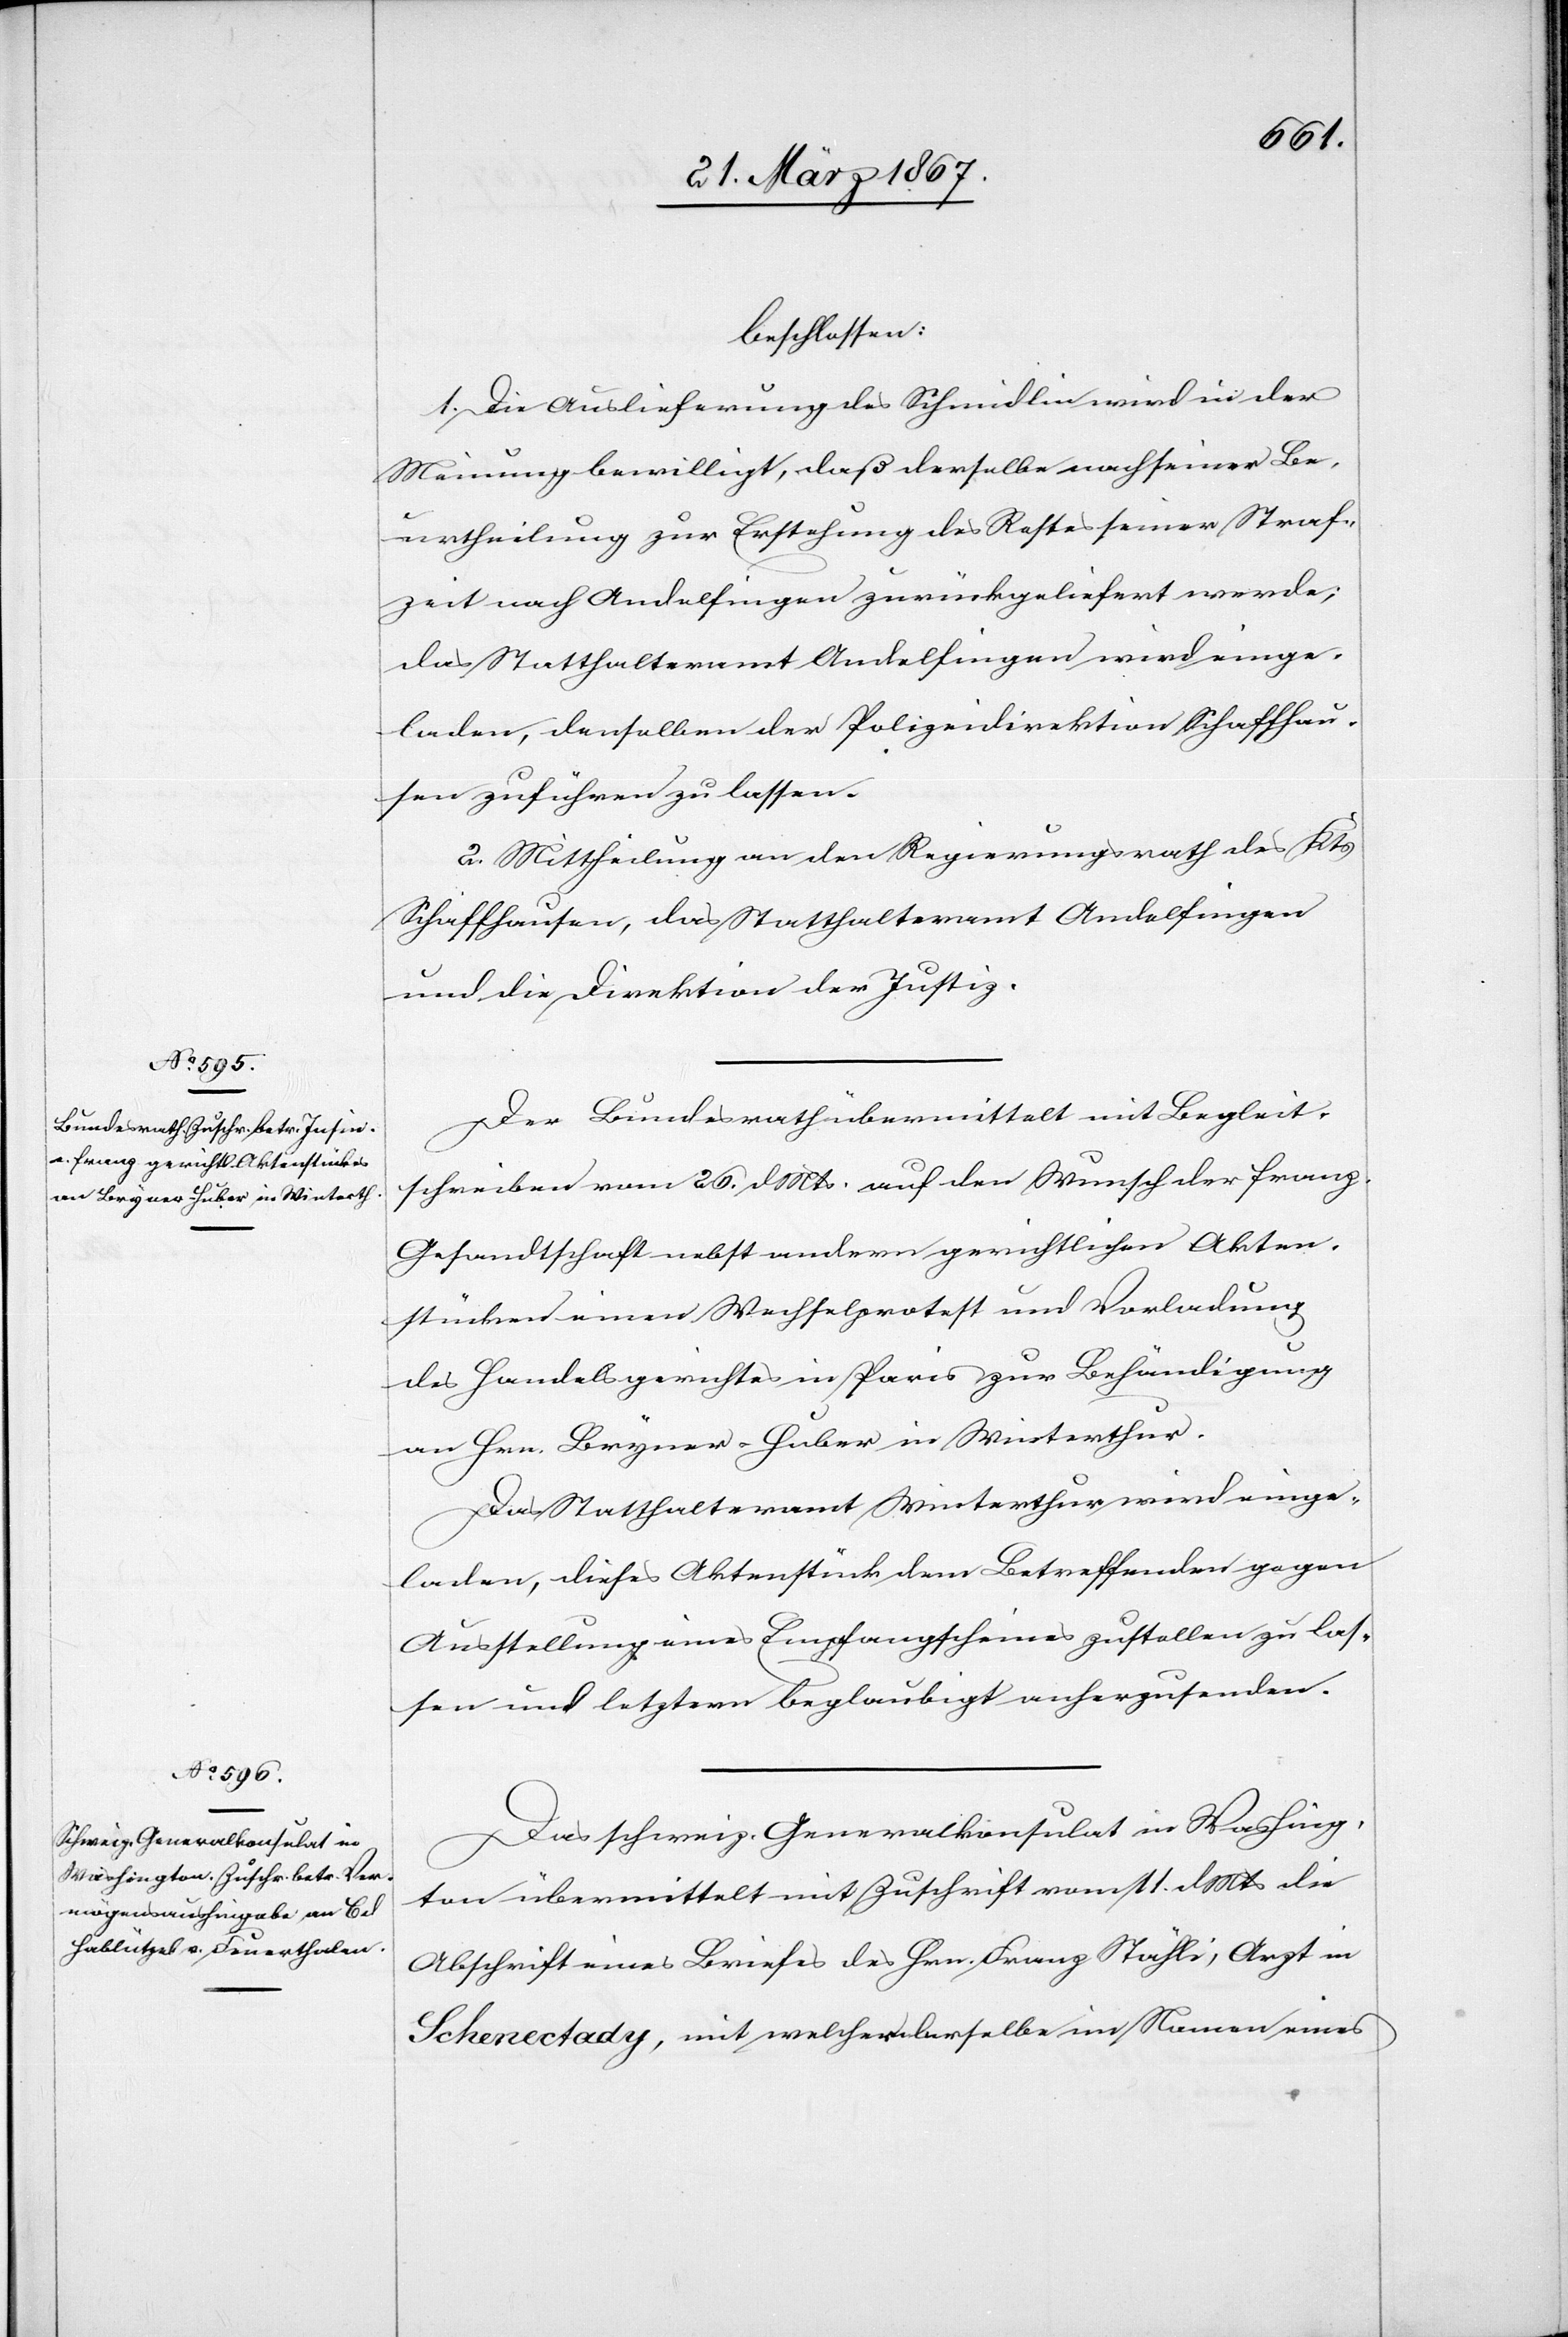
28. März 1867.]
beschlossen:
1. Die Auslieferung des Schmidlin wird in der
Meinung bewilligt, daß derselbe nach seiner Be¬
urtheilung zur Erstehung des Restes seiner Straf¬
zeit nach Andelfingen zurückgeliefert werde;
das Statthalteramt Andelfingen wird einge¬
laden, denselben der Polizeidirektion Schaffhau¬
sen zuführen zu lassen.
2. Mittheilung an den Regierungsrath des Kts
Schaffhausen, das Statthalteramt Andelfingen
und die Direktion der Justiz.
Der Bundesrath übermittelt mit Begleit¬
schreiben vom 26. d. Mts. auf den Wunsch der franz.
Gesandtschaft nebst andern gerichtlichen Akten¬
stücken einen Wechselprotest und Vorladung
des Handelsgerichtes in Paris zur Behändigung
an Hrn. Bryner-Huber in Winterthur.
Das Statthalteramt Winterthur wird einge¬
laden, dieses Aktenstück dem Betreffenden gegen
Ausstellung eines Empfangscheines zustellen zu las¬
sen und letztern beglaubigt anherzusenden.
Das schweiz. Generalkonsulat in Washing¬
ton übermittelt mit Zuschrift vom 11. d. Mts die
Abschrift eines Briefes des Hrn. Franz Stähli, Arzt in
Schenectady, mit welcher derselbe im Namen eines